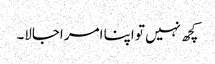
کچھ نہیں تو اپنا امر اجالا۔